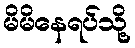
မိမိနေရပ်သို့